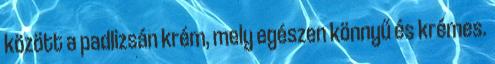
között a padlizsán krém, mely egészen könnyű és krémes.